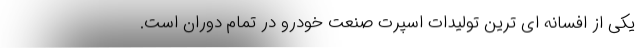
یکی از افسانه ای ترین تولیدات اسپرت صنعت خودرو در تمام دوران است.